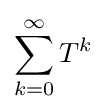
\sum _{k=0}^{\infty }T^{k}